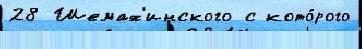
28 Шемах'инского с кото́рого